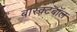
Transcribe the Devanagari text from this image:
बास्क्टबॉल